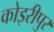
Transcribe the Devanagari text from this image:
कोइरीपुर